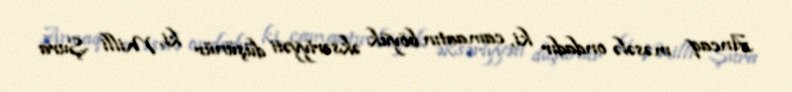
Ancaq məsələ ondadır ki, camaatın böyük əksəriyyəti düşünür ki, Milli Şura